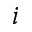
i